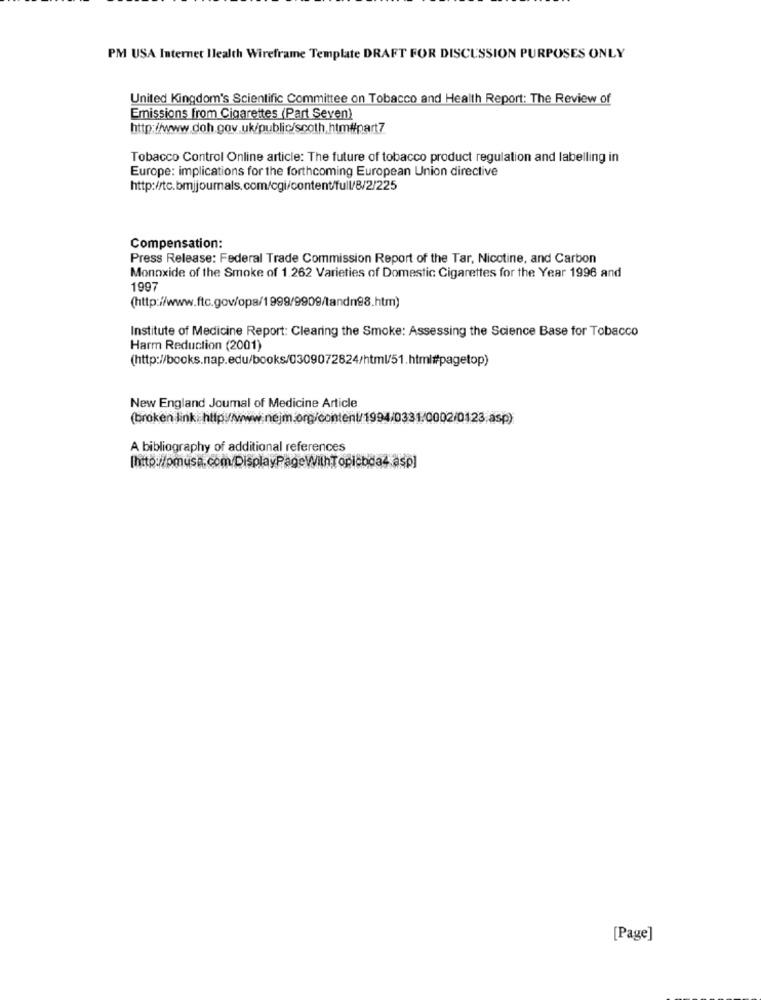
PM USA Internet Ilealth Wireframe Template DRAFT FOR DISCUSSION PURPOSES ONLY
United Kingdom's Scientific Committee on Tobacco and Health Report: The Review of
Emissions from Cigarettes (Part Seven)
http://www.doh.gov.uk/public/scoth.htm#part7
Tobacco Control Online article: The future of tobacco product regulation and labelling in
Europe: implications for the forthcoming European Union directive
http://tc.bmjjournals.com/cgi/content/full/8/2/225
Compensation:
Press Release: Federal Trade Commission Report of the Tar, Nicotine, and Carbon
Monoxide of the Smoke of 1.262 Varieties of Domestic Cigarettes for the Year 1996 and
1997
(http://www.ftc.gov/opa/1999/9909/tandn98.htm)
Institute of Medicine Report: Clearing the Smoke: Assessing the Science Base for Tobacco
Harm Reduction (2001)
(http://books.nap.edu/books/0309072824/html/51.html#pagetop)
New England Journal of Medicine Article
(broken link :http://www.nejm.org/content/1994/0331/0002/0123.asp)
A bibliography of additional references
[http://pmusa.com/DisplayPageWithTopicbda4.asp]
[Page]